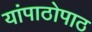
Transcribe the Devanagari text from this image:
यांपाठोपाठ